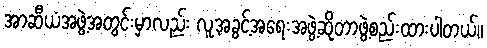
အာဆီယံအဖွဲ့အတွင်းမှာလည်း လူ့အခွင့်အရေးအဖွဲ့ဆိုတာဖွဲ့စည်းထားပါတယ်။